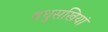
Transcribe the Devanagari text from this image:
वधुसखियां